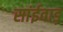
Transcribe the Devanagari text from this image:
सांईवाड़